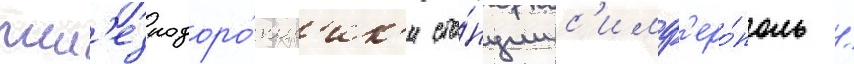
жел'езнодоро́жн'ик'и ста́нции с'имф'еро́поль /